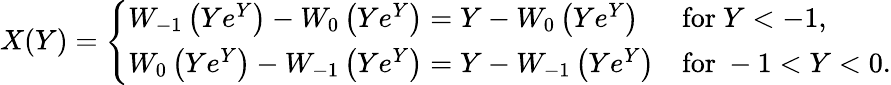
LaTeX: X(Y)={\left\{ \begin{array}{ll}{W_{-1}\left(Ye^{Y}\right)-W_{0}\left(Ye^{Y}\right)=Y-W_{0}\left(Ye^{Y}\right)}&{{\mathrm{for~}}Y<-1,}\\ {W_{0}\left(Ye^{Y}\right)-W_{-1}\left(Ye^{Y}\right)=Y-W_{-1}\left(Ye^{Y}\right)}&{{\mathrm{for~}}-1<Y<0.}\end{array}\right.}